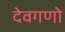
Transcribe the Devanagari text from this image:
देवगणो